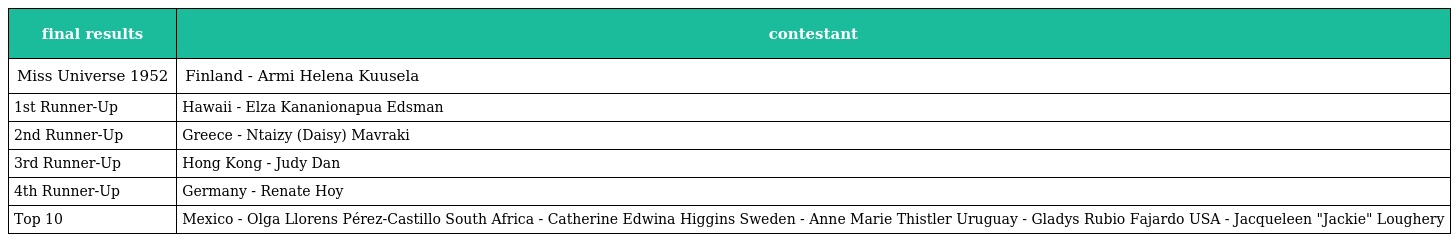
| final results | contestant |
 | --- | --- |
 | Miss Universe 1952 | Finland - Armi Helena Kuusela |
 | 1st Runner-Up | Hawaii - Elza Kananionapua Edsman |
 | 2nd Runner-Up | Greece - Ntaizy (Daisy) Mavraki |
 | 3rd Runner-Up | Hong Kong - Judy Dan |
 | 4th Runner-Up | Germany - Renate Hoy |
 | Top 10 | Mexico - Olga Llorens Pérez-Castillo South Africa - Catherine Edwina Higgins Sweden - Anne Marie Thistler Uruguay - Gladys Rubio Fajardo USA - Jacqueleen "Jackie" Loughery |